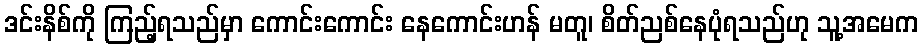
ဒင်းနိစ်ကို ကြည့်ရသည်မှာ ကောင်းကောင်း နေကောင်းဟန် မတူ၊ စိတ်ညစ်နေပုံရသည်ဟု သူ့အမေက